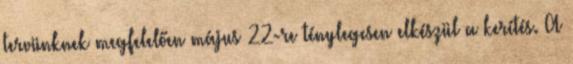
tervünknek megfelelően május 22-re ténylegesen elkészül a kerítés. A